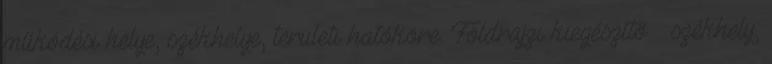
működési helye, székhelye, területi hatóköre. Földrajzi kiegészítő – székhely,